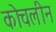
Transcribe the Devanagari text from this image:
कोचलीन